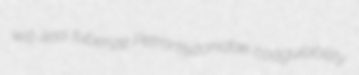
will-less tuberize Petromyzonidae coagulability